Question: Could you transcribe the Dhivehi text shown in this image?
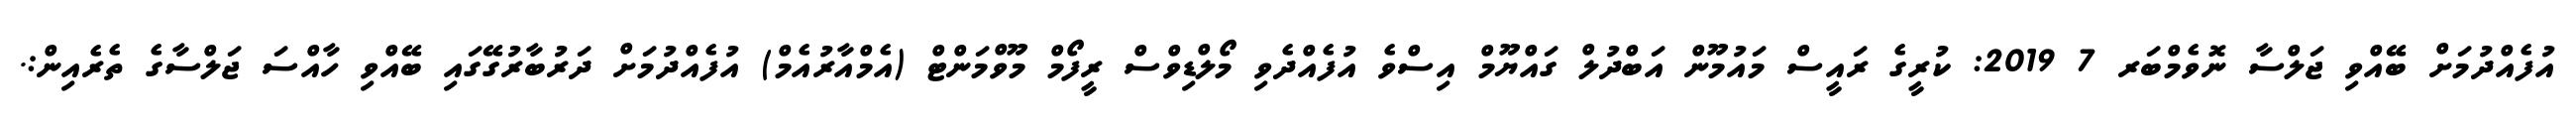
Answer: އުފެއްދުމަށް ބޭއްވި ޖަލްސާ ނޮވެމްބަރ 7 2019: ކުރީގެ ރައީސް މައުމޫން އަބްދުލް ގައްޔޫމް އިސްވެ އުފެއްދެވި މޯލްޑިވްސް ރީފޯމް މޫވްމަންޓް (އެމްއާރުއެމް) އުފެއްދުމަށް ދަރުބާރުގޭގައި ބޭއްވި ހާއްސަ ޖަލްސާގެ ތެރެއިން:.